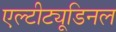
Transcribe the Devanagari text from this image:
एल्‍टीट्यूडिनल